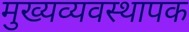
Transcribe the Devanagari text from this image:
मुख्यव्यवस्थापक